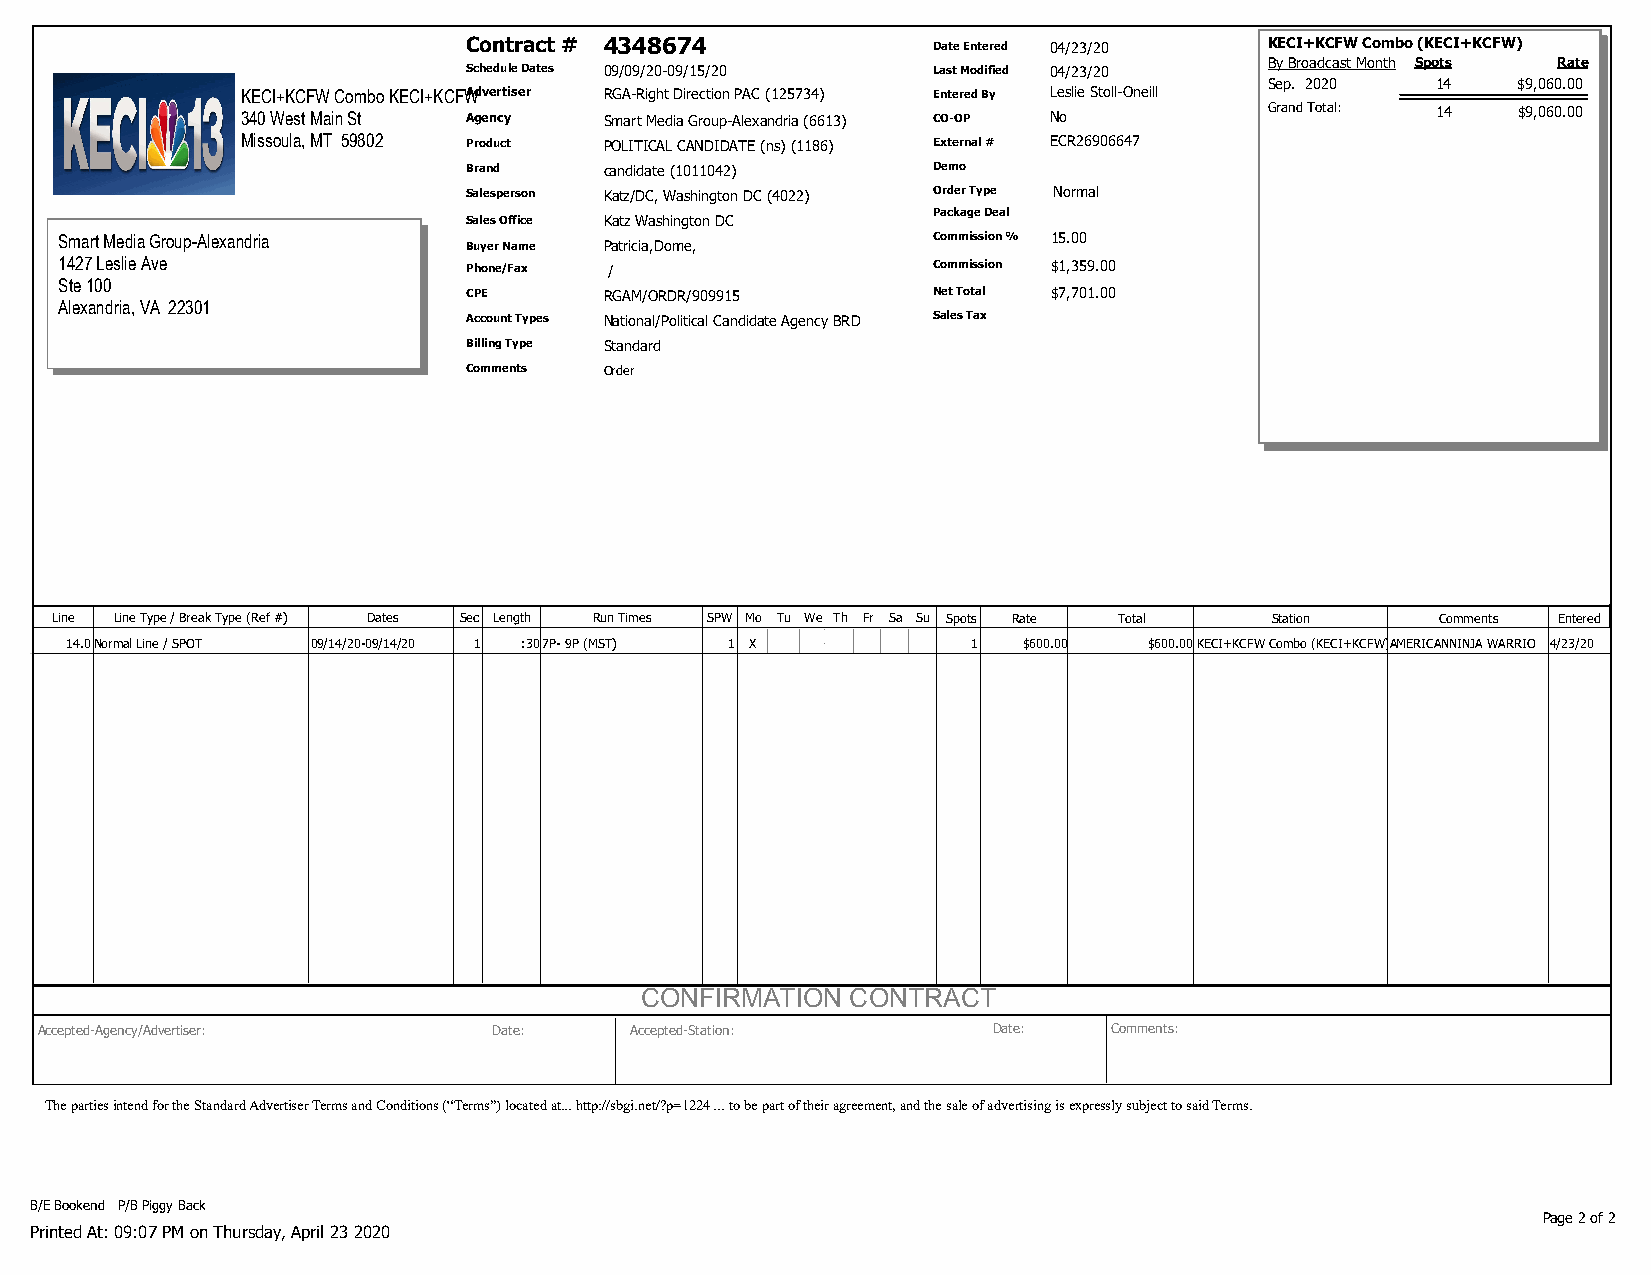
Contract # 4348674             Date Entered 04/23/20 KECI+KCFW Combo (KECI+KCFW)
 By Broadcast Month Spots R ate
 Schedule Dates 09/09/20-09/15/20 Last Modified 04/23/20
 Sep. 2020  14   $9,060.00
 KECI+KCFW Combo KECI+KCFWAdvertiser RGA-Right Direction PAC (125734) Entered By Leslie Stoll-Oneill
 340 West Main St Agency Smart Media Group-Alexandria (6613) CO-OP No Grand Total: 14 $9,060.00
 Missoula, MT 59802 Product POLITICAL CANDIDATE (ns) (1186) External # ECR26906647
 Brand    candidate (1011042)   Demo
 Salesperson Katz/DC, Washington DC (4022) Order Type Normal
 Package Deal
 Sales Office Katz Washington DC
 Smart Media Group-Alexandria Buyer Name Patricia,Dome,    Commission % 15.00
 1427 Leslie Ave            Phone/Fax /                    Commission $1,359.00
 Ste 100
 CPE      RGAM/ORDR/909915      Net Total $7,701.00
 Alexandria, VA 22301
 Account Types National/Political Candidate Agency BRD Sales Tax
 Billing Type Standard
 Comments Order
 Line Line Type / Break Type (Ref #) Dates Sec Length Run Times SPW Mo Tu We Th Fr Sa Su Spots Rate Total Station Comments Entered
 14.0Normal Line / SPOT 09/14/20-09/14/20 1 :307P- 9P (MST) 1 X 1 $600.00 $600.00KECI+KCFW Combo (KECI+KCFW)AMERICANNINJA WARRIO 4/23/20
 CONFIRMATION  CONTRACT
 Accepted-Agency/Advertiser:   Date:    Accepted-Station:       Date:   Comments:
 The parties intend for the Standard Advertiser Terms and Conditions (“Terms”) located at... http://sbgi.net/?p=1224 ... to be part of their agreement, and the sale of advertising is expressly subject to said Terms.
 B/E Bookend P/B Piggy Back
 Page 2 of 2
 Printed At: 09:07 PM on Thursday, April 23 2020